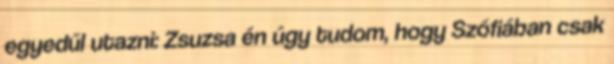
egyedűl utazni: Zsuzsa én úgy tudom, hogy Szófiában csak